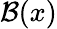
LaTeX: {\mathcal{B}}(x)